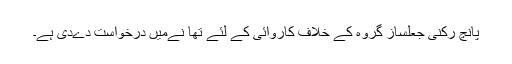
پانچ رکنی جعلساز گروہ کے خلاف کاروائی کے لئے تھا نےمیں درخواست دےدی ہے۔